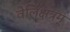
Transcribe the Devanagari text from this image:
वेलिंक्षत्रम्